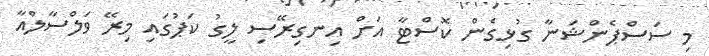
މި ސަސްޕެންޝަނާ ގުޅިގެން ކޮސްޓާ އަށް އިނގިރޭސި ލީގު ކަޕުގައި މިރޭ ވަލްސާލްއާ